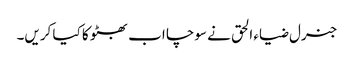
جنرل ضیاء الحق نے سوچا اب بھٹو کا کیا کریں۔